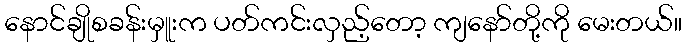
နောင်ချိုစခန်းမှူးက ပတ်ကင်းလှည့်တော့ ကျနော်တို့ကို မေးတယ်။